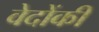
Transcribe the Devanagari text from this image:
वेदोंकी